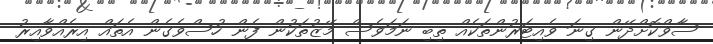
ސާވްކޮށްދޭން ގިނަ ވެއިޓަރުންތަކެއް ތިބި ނަމަވެސް މޭޒުތަކުން ފެން ހުސްވެގެން އެތައް އިރެއްވާއިރު